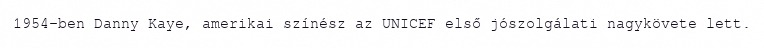
1954-ben Danny Kaye, amerikai színész az UNICEF első jószolgálati nagykövete lett.